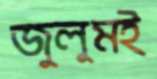
জুলুমই